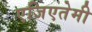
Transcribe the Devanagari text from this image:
एजिएतेमी